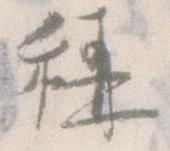
称